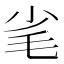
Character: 毟